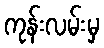
ကုန်းလမ်းမှ